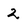
Character: 2